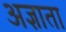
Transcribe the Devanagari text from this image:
अज्ञाता